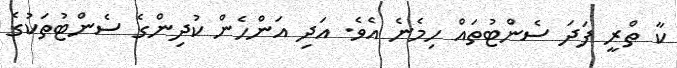
ކާ ތްރީ ފަދަ ސެންޓުތައް ހިމެނެ އެވެ. އަދި އަންހެން ކުދިންގެ ސެންޓުތަކުގެ